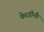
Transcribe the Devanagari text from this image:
फेरडीनैंड